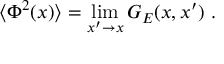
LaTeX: \langle \Phi ^ { 2 } ( x ) \rangle = \operatorname * { l i m } _ { x ^ { \prime } \to x } G _ { E } ( x , x ^ { \prime } ) \ .